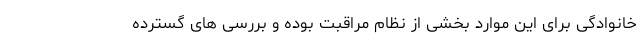
خانوادگی برای این موارد بخشی از نظام مراقبت بوده و بررسی های گسترده